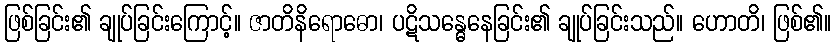
ဖြစ်ခြင်း၏ ချုပ်ခြင်းကြောင့်။ ဇာတိနိရောဓော၊ ပဋိသန္ဓေနေခြင်း၏ ချုပ်ခြင်းသည်။ ဟောတိ၊ ဖြစ်၏။